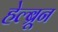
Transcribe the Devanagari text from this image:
हेल्ब्रून